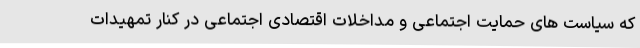
که سیاست های حمایت اجتماعی و مداخلات اقتصادی اجتماعی در کنار تمهیدات